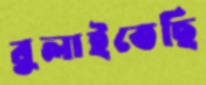
বুলাইতেছি